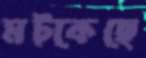
মট্‌কেছে